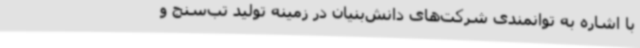
با اشاره به توانمندی شرکت‌های دانش‌بنیان در زمینه تولید تب‌سنج و